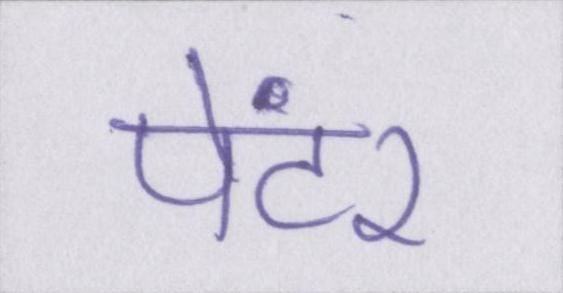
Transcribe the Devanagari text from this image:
पेंटर